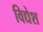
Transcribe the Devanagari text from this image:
विद्येश